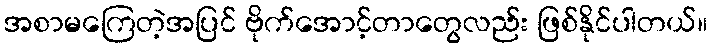
အစာမကြေတဲ့အပြင် ဗိုက်အောင့်တာတွေလည်း ဖြစ်နိုင်ပါတယ်။